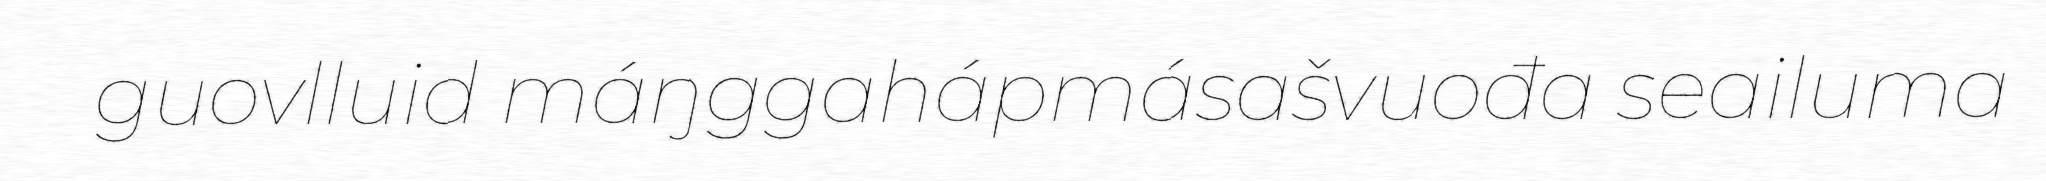
guovlluid máŋggahápmásašvuođa seailuma